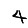
Digit: 4